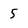
Character: 5